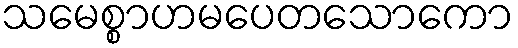
သမေစ္စာဟမပေတသောကော